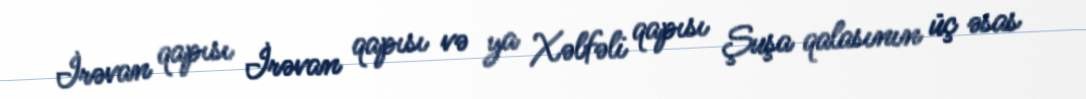
İrəvan qapısı İrəvan qapısı və ya Xəlfəli qapısı Şuşa qalasının üç əsas